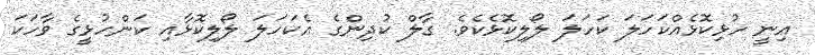
އިނީ ހުޅިކޮޅެއްކަހަލަ ކަހަލަ ލޯލިކޮޅެކެވެ. ގާލް ކުދިންގެ އެކަހަލަ ލޯލިކޮޅާއި ކަންހުޅީގެ ވާހަކަ